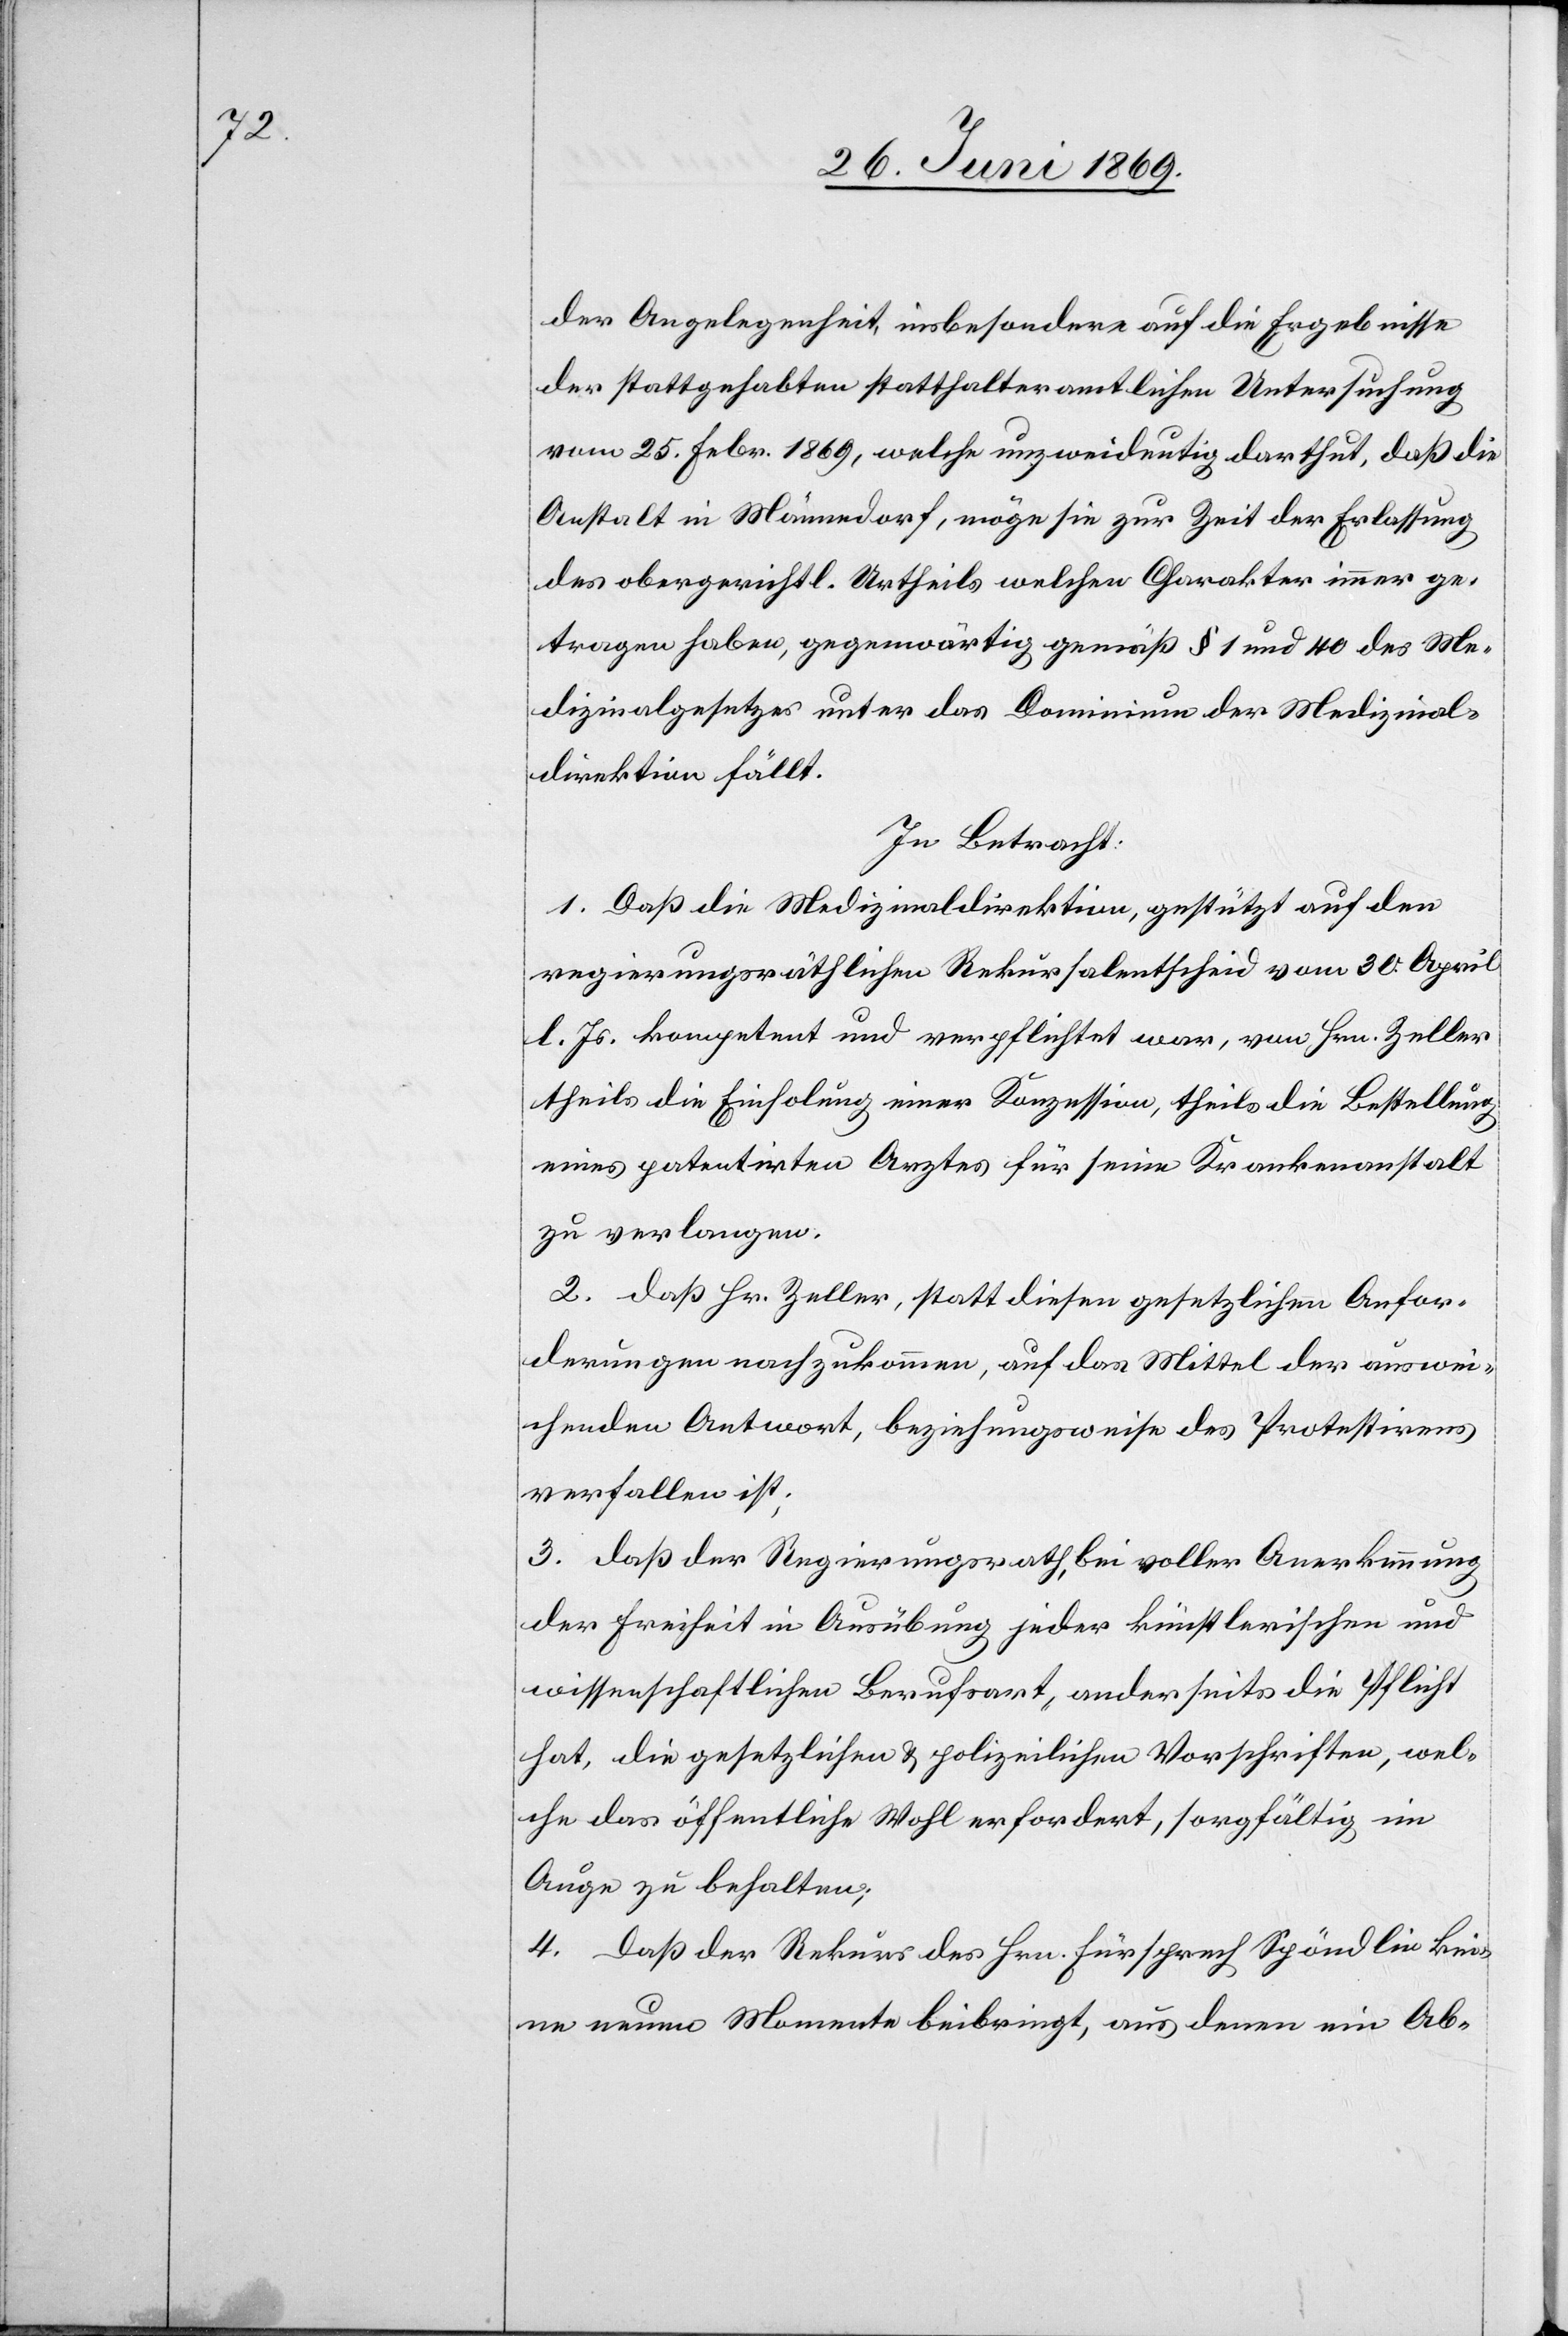
der Angelegenheit, insbesondere auf die Ergebnisse
der stattgehabten statthalteramtlichen Untersuchung
vom 25 Febr. 1869, welche unzweideutig darthut, daß die
Anstalt in Männedorf, möge sie zur Zeit der Erlassung
des obergerichtl. Urtheils welchen Charakter immer ge¬
tragen haben, gegenwärtig gemäß § 1 und 40 des Me¬
dizinalgesetzes unter das Dominium der Medizinal¬
direktion fällt.
In Betracht:
1. Daß die Medizinaldirektion, gestützt auf den
regierungsräthlichen Rekursalentscheid vom 30 April
l. Js. kompetent und verpflichtet war, von Hrn. Zeller
theils die Einholung einer Konzession, theils die Bestellung
eines patentirten Arztes für seine Krankenanstalt
zu verlangen.
2. daß Hr. Zeller, statt diesen gesetzlichen Anfor¬
derungen nachzukommen, auf das Mittel der auswei¬
chenden Antwort, beziehungsweise des Protestirens
verfallen ist,
3. daß der Regierungsrath, bei voller Anerkennung
der Freiheit der Ausübung jeder künstlerischen und
wissenschaftlichen Berufsart, anderseits die Pflicht
hat, die gesetzlichen u. polizeilichen Vorschriften, wel¬
che das öffentliche Wohl erforderet, sorgfältig im
Auge zu behalten;
4. Daß der Rekurs des Hrn. Fürsprech Spöndlin kei¬
ne neuen Momente beibringt, aus denen ein Ab-